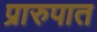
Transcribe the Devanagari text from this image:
प्रारुपात